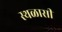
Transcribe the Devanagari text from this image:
स्थळासी